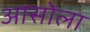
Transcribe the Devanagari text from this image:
आसोला